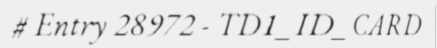
# Entry 28972 - TD1_ID_CARD